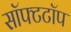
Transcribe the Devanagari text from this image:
सॉफ्टटॉप